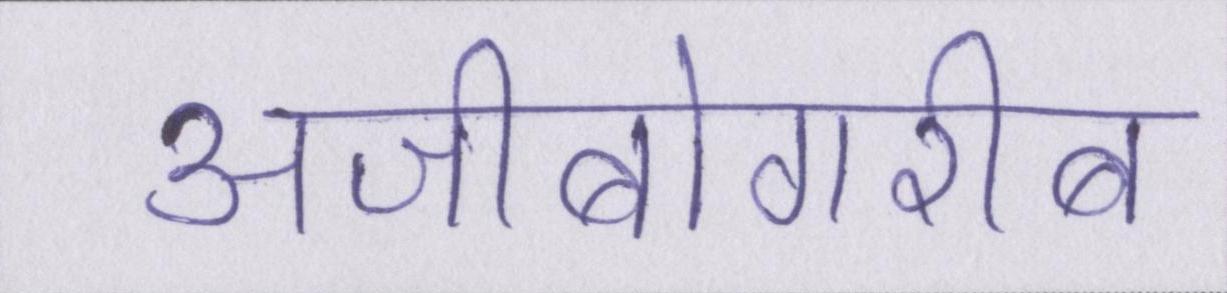
अजीबोगरीब